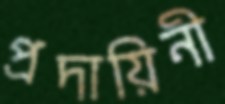
প্রদায়িনী